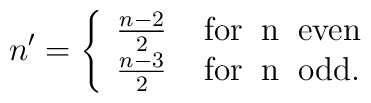
n'=\left\{ \begin{array}{l}   \frac{n-2}{2}\;\;\;\;{\rm for\;\; n\;\;even } \\   \frac{n-3}{2}\;\;\;\; {\rm for\;\;n\;\;odd}.  \end{array}\right.